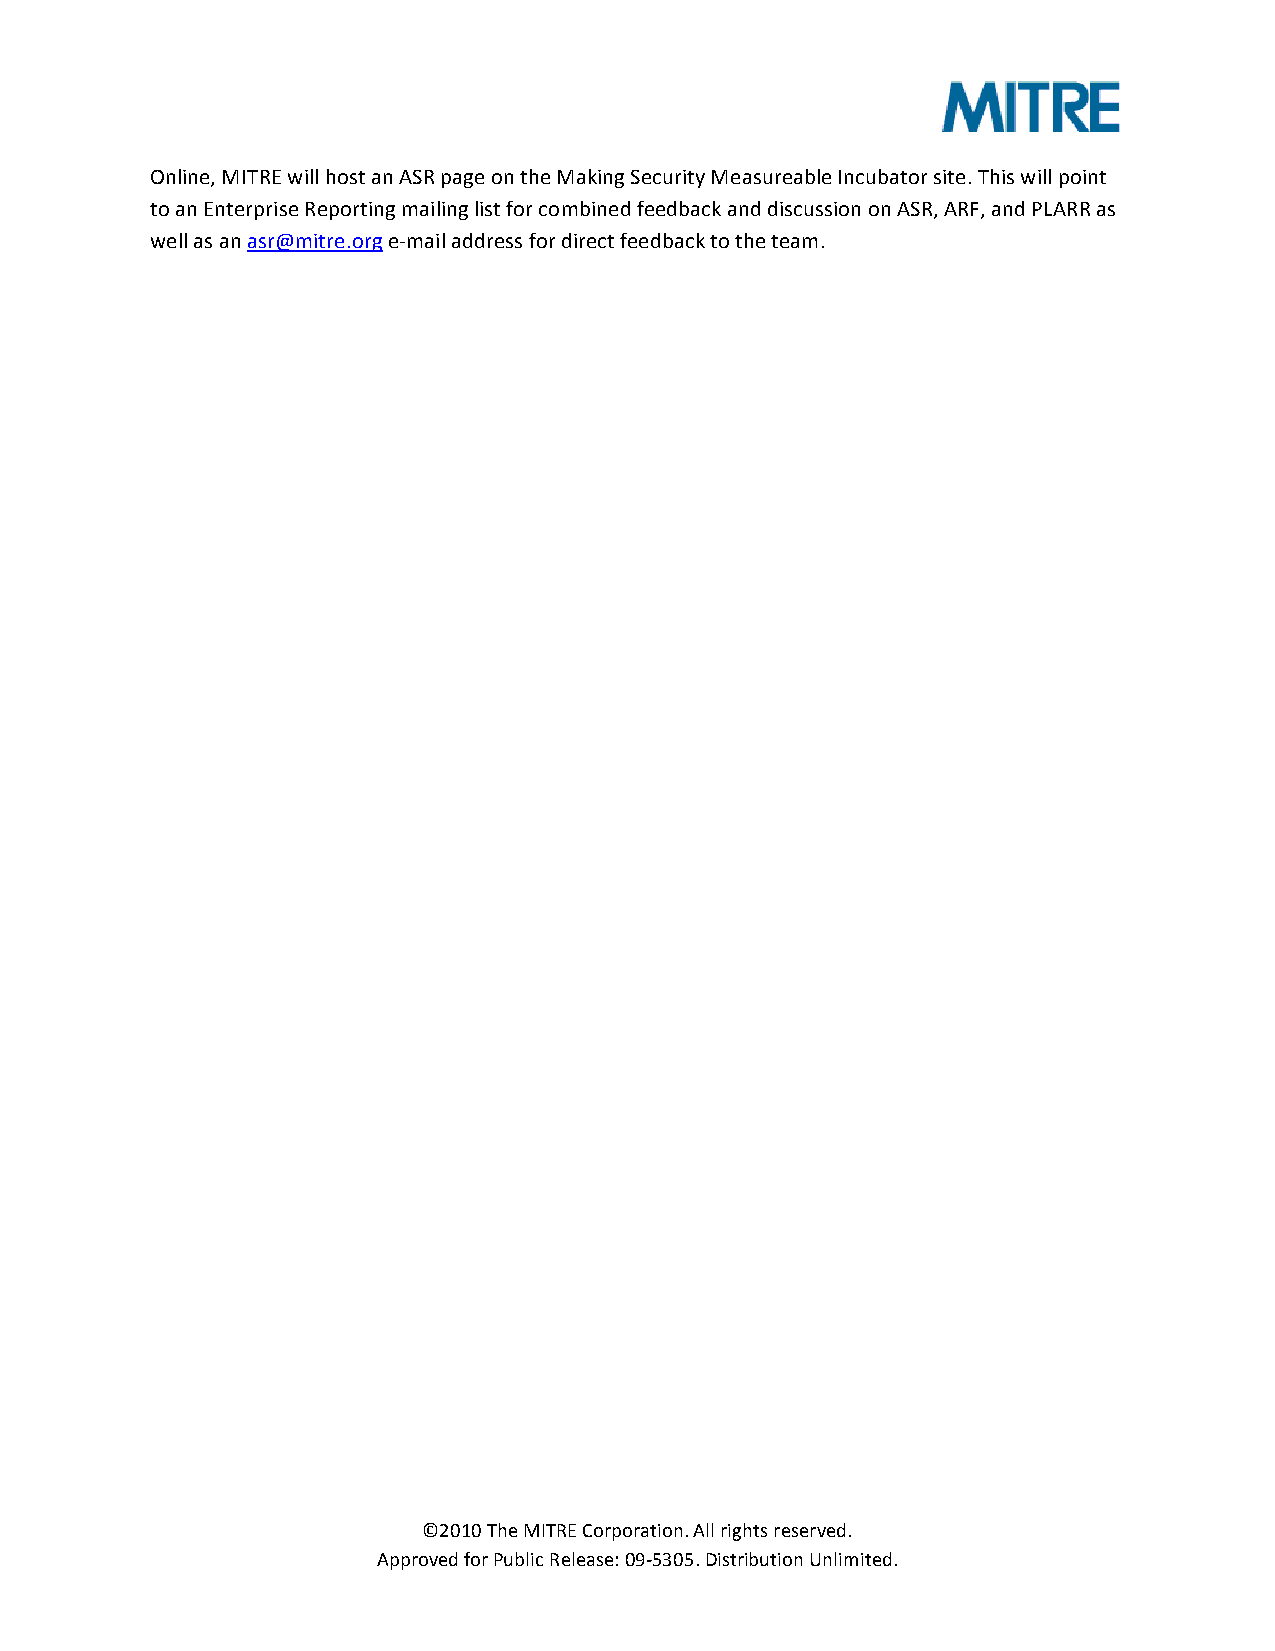
Online, MITRE will host an ASR page on the Making Security Measureable Incubator site. This will point
 to an Enterprise Reporting mailing list for combined feedback and discussion on ASR, ARF, and PLARR as
 well as an asr@mitre.org e-­‐mail address for direct feedback to the team.
 ©2010 The MITRE Corporation. All rights reserved.
 Approved for Public Release: 09-­‐5305. Distribution Unlimited.